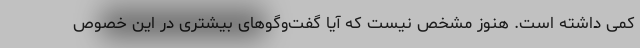
کمی داشته است. هنوز مشخص نیست که آیا گفت‌وگوهای بیشتری در این خصوص